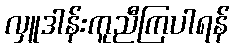
လှူဒါန်းကူညီကြပါရန်